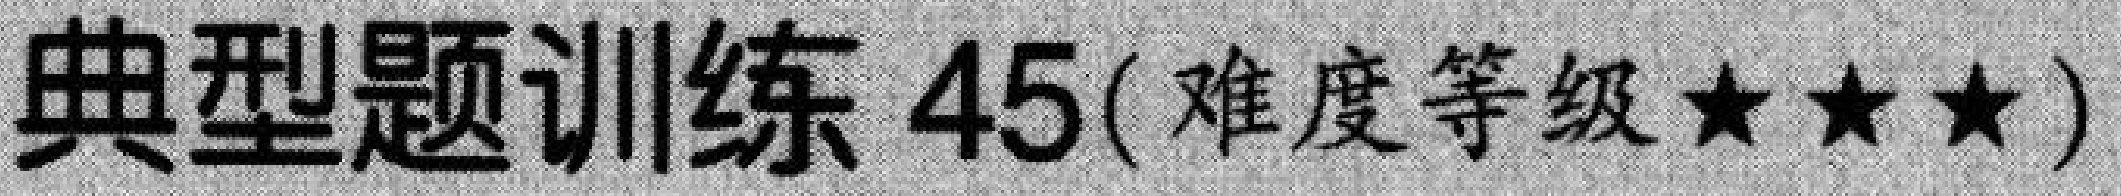
典型题训练 45( 难度等级★★★)